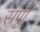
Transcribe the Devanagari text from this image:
संर्पूा